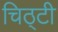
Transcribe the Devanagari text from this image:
चिठ्टी